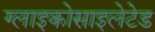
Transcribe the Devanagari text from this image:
ग्लाइकोसाइलेटेड